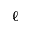
\ell